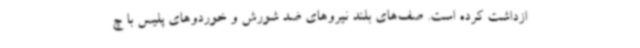
ازداشت کرده است. صف‌های بلند نیروهای ضد شورش و خوردوهای پلیس با چ